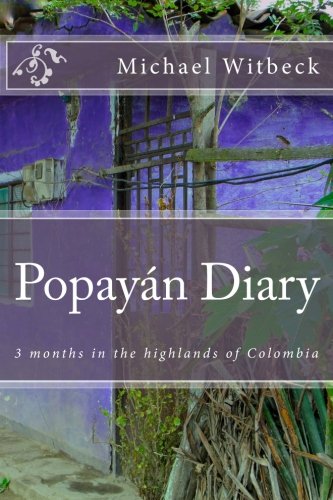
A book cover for Popayan Diary: 3 months in the highlands of Colombia; Michael Witbeck; Travel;